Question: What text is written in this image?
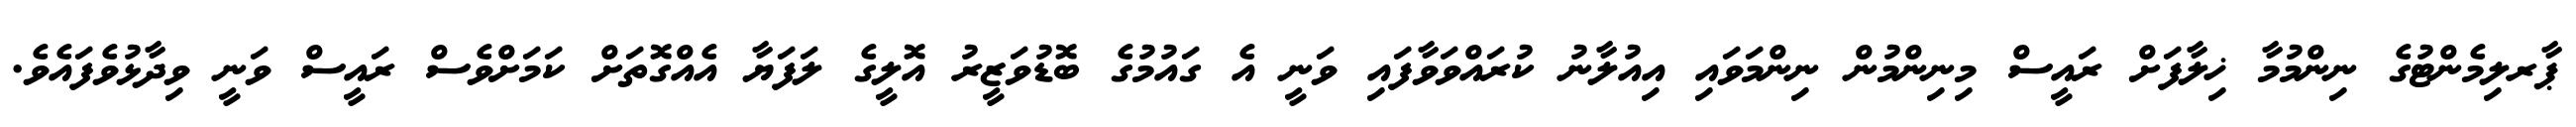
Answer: ޕާރލިމެންޓުގެ ނިންމުމާ ޚިލާފަށް ރައީސް މިނިންމުން ނިންމަވައި އިއުލާނު ކުރައްވަވާފައި ވަނީ އެ ގައުމުގެ ބޮޑުވަޒީރު އޮލީގެ ލަފަޔާ އެއްގޮތަށް ކަމަށްވެސް ރައީސް ވަނީ ވިދާޅުވެފައެވެ.